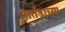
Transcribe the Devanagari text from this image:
मार्तंडाच्या